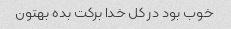
خوب بود در کل خدا برکت بده بهتون